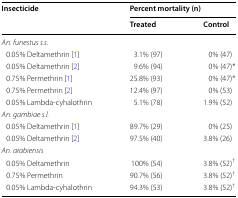
<table><thead><tr><td rowspan="2"><b>Insecticide</b></td><td colspan="2"><b>Percent mortality (n)</b></td></tr><tr><td><b>Treated</b></td><td><b>Control</b></td></tr></thead><tbody><tr><td colspan="3"><i>An. funestus s.s.</i></td></tr><tr><td> 0.05% Deltamethrin [1]</td><td>3.1% (97)</td><td>0% (47)</td></tr><tr><td> 0.05% Deltamethrin [2]</td><td>9.6% (94)</td><td>0% (47)*</td></tr><tr><td> 0.75% Permethrin [1]</td><td>25.8% (93)</td><td>0% (47)*</td></tr><tr><td> 0.75% Permethrin [2]</td><td>12.4% (97)</td><td>0% (53)</td></tr><tr><td> 0.05% Lambda-cyhalothrin</td><td>5.1% (78)</td><td>1.9% (52)</td></tr><tr><td colspan="3"><i>An. gambiae s.l.</i></td></tr><tr><td> 0.05% Deltamethrin [1]</td><td>89.7% (29)</td><td>0% (25)</td></tr><tr><td> 0.05% Deltamethrin [2]</td><td>97.5% (40)</td><td>3.8% (26)</td></tr><tr><td colspan="3"><i>An. arabiensis</i></td></tr><tr><td> 0.05% Deltamethrin</td><td>100% (54)</td><td>3.8% (52)<sup>†</sup></td></tr><tr><td> 0.75% Permethrin</td><td>90.7% (56)</td><td>3.8% (52)<sup>†</sup></td></tr><tr><td> 0.05% Lambda-cyhalothrin</td><td>94.3% (53)</td><td>3.8% (52)<sup>†</sup></td></tr></tbody></table>